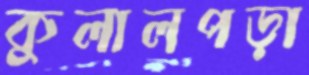
কুলালপড়া